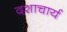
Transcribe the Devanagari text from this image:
दशाचार्य